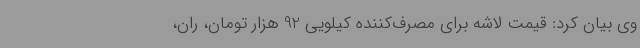
وی بیان کرد: قیمت لاشه برای مصرف‌کننده کیلویی 92 هزار تومان، ران،